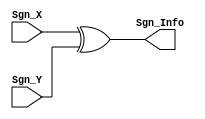
`timescale 1ns / 1ps
//////////////////////////////////////////////////////////////////////////////////
// Company: 
// Engineer: 
// 
// Design Name: 
// Module Name:    XOR_M 
// Project Name: 
// Target Devices: 
// Tool versions: 
// Description: 
//
// Dependencies: 
//
// Revision: 
// Revision 0.01 - File Created
// Additional Comments: 
//
//////////////////////////////////////////////////////////////////////////////////
module XOR_M(
	input wire Sgn_X,
	input wire Sgn_Y,
	output wire Sgn_Info
    );

assign Sgn_Info = Sgn_X ^ Sgn_Y;

endmodule